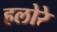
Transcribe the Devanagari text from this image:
हलोरे